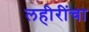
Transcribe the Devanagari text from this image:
लहीरींचा